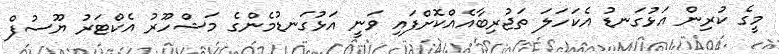
މީގެ ކުރިން އަޅުގަނޑު އެކަހަލަ ތަޖުރިބާއެއްކޮށްފައި ވަނީ އަޅުގަނޑުމެންގެ މަޝްހޫރު އެކްޓަރު ޔޫސުފް